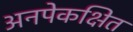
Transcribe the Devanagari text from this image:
अनपेकक्षित